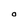
Character: O